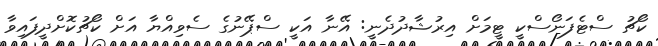
ކޯޗު ސްޓެފަނޯސްކީ ޓީމަށް އިރުޝާދުދެނީ: އޭނާ އަކީ ސްޕޭނުގެ ސެވިއްޔާ އަށް ކޯޗުކޮށްދީފައިވާ